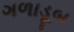
ગળાડૂબ